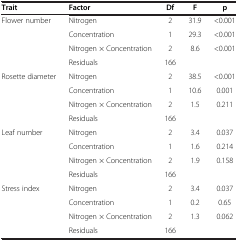
<table><thead><tr><td><b>Trait</b></td><td><b>Factor</b></td><td><b>Df</b></td><td><b>F</b></td><td><b>p</b></td></tr></thead><tbody><tr><td rowspan="4">Flower number</td><td>Nitrogen</td><td>2</td><td>31.9</td><td>&lt;0.001</td></tr><tr><td>Concentration</td><td>1</td><td>29.3</td><td>&lt;0.001</td></tr><tr><td>Nitrogen × Concentration</td><td>2</td><td>8.6</td><td>&lt;0.001</td></tr><tr><td>Residuals</td><td>166</td><td> </td><td> </td></tr><tr><td rowspan="4">Rosette diameter</td><td>Nitrogen</td><td>2</td><td>38.5</td><td>&lt;0.001</td></tr><tr><td>Concentration</td><td>1</td><td>10.6</td><td>0.001</td></tr><tr><td>Nitrogen × Concentration</td><td>2</td><td>1.5</td><td>0.211</td></tr><tr><td>Residuals</td><td>166</td><td> </td><td> </td></tr><tr><td rowspan="4">Leaf number</td><td>Nitrogen</td><td>2</td><td>3.4</td><td>0.037</td></tr><tr><td>Concentration</td><td>1</td><td>1.6</td><td>0.214</td></tr><tr><td>Nitrogen × Concentration</td><td>2</td><td>1.9</td><td>0.158</td></tr><tr><td>Residuals</td><td>166</td><td> </td><td> </td></tr><tr><td rowspan="4">Stress index</td><td>Nitrogen</td><td>2</td><td>3.4</td><td>0.037</td></tr><tr><td>Concentration</td><td>1</td><td>0.2</td><td>0.65</td></tr><tr><td>Nitrogen × Concentration</td><td>2</td><td>1.3</td><td>0.062</td></tr><tr><td>Residuals</td><td>166</td><td> </td><td> </td></tr></tbody></table>